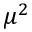
\mu ^ { 2 }